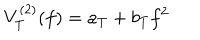
V _ { T } ^ { ( 2 ) } ( f ) = a _ { T } + b _ { T } f ^ { 2 }